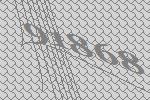
91868